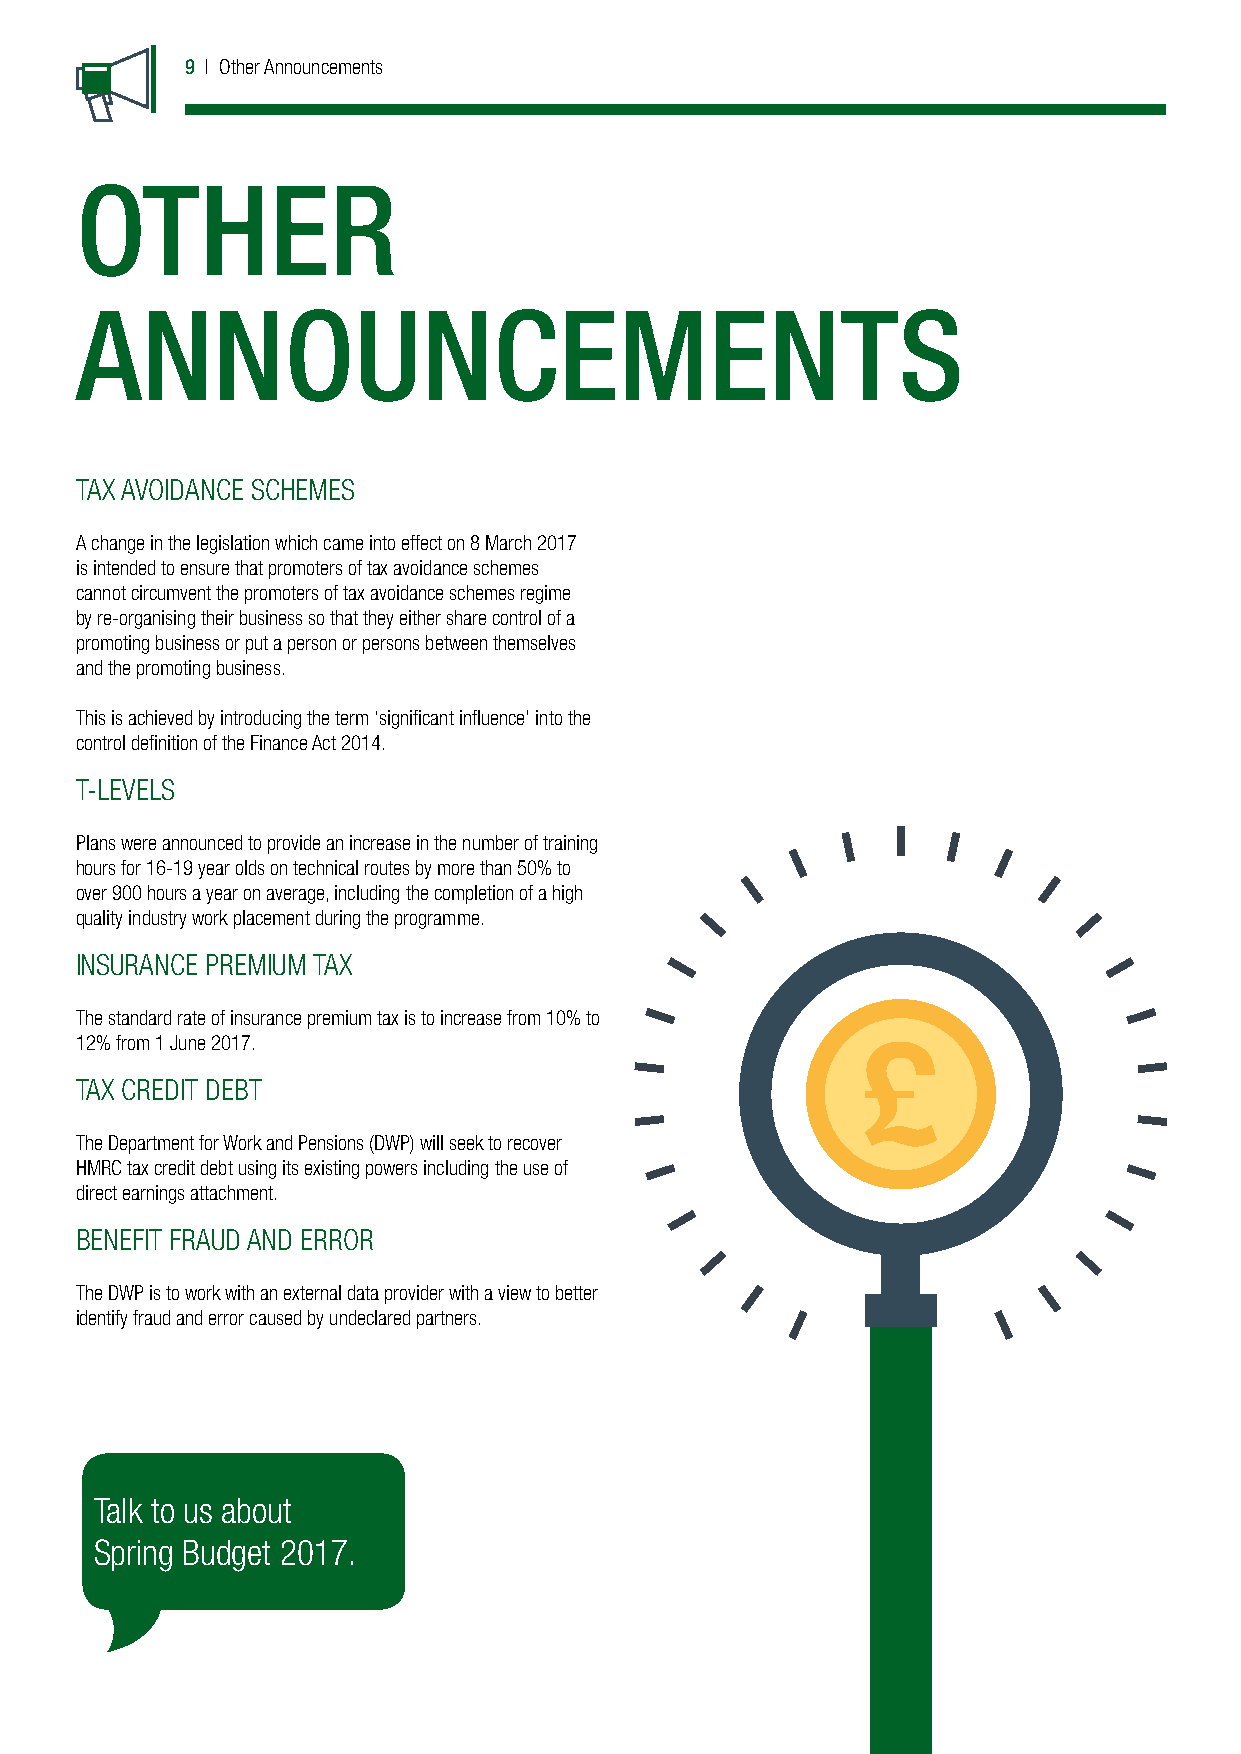
9 | Other Announcements
 OTHER
 ANNOUNCEMENTS
 TAX AVOIDANCE SCHEMES
 A change in the legislation which came into effect on 8 March 2017
 is intended to ensure that promoters of tax avoidance schemes
 cannot circumvent the promoters of tax avoidance schemes regime
 by re-organising their business so that they either share control of a
 promoting business or put a person or persons between themselves
 and the promoting business.
 This is achieved by introducing the term ‘signiicant inluence’ into the
 control deinition of the Finance Act 2014.
 T-LEVELS
 Plans were announced to provide an increase in the number of training
 hours for 16-19 year olds on technical routes by more than 50% to
 over 900 hours a year on average, including the completion of a high
 quality industry work placement during the programme.
 INSURANCE PREMIUM TAX
 The standard rate of insurance premium tax is to increase from 10% to
 12% from 1 June 2017.
 TAX CREDIT DEBT
 The Department for Work and Pensions (DWP) will seek to recover
 HMRC tax credit debt using its existing powers including the use of
 direct earnings attachment.
 BENEFIT FRAUD AND ERROR
 The DWP is to work with an external data provider with a view to better
 identify fraud and error caused by undeclared partners.
 Talk to us about
 Spring Budget 2017.